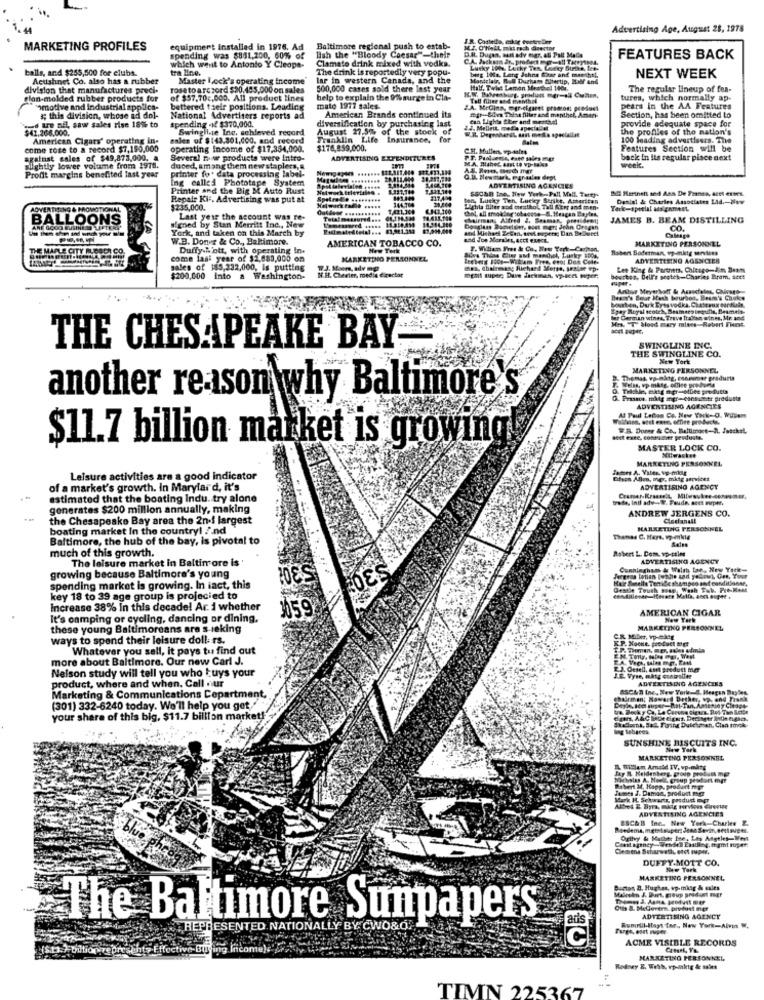
Advertising Age, August 28, 1978
MARKETING PROFILES
equipment installed in 1976. Ad
Baltimore regional push to estab-
M.I. O'HeLL, mkt rach director
spending was $831,200, 60% of
Clamato drink mixed with vodka.
lah the "Bloody Caesar"-their
D.R. Dugas, Mal ady Mgr. 46 Palt Made
FEATURES BACK
balls, and $255,500 for clubs.
which went to Antonio Y Cleopa-
tra line.
The drink is reportedly very popu-
Lucky 100%. Lucky Tex Uneky Strika, Ice-
berg los, Lang Johns fear and maenhel,
Acushnet Co. also has a rubber
Master Lock's operating income"
lar in western Canada, and the
Montclair, R.A Duchare Biltertip, Half And
NEXT WEEK
division that manufactures preci-
rose to a re zord $20,485,000 on sales
500,000 cases sold there last year
Half, Twist Lamon Mendel 1001.
The regular lineup of fea-
lan-molded rubber products for
of $57,70c,000. All product lines
help to explain the 9%% surge in Cia-
tures, which normally ap
"omotive and industrial applies-
bettered their positions. Leading
mato 1977 sales.
pears in the AA Features
.ed uro nit, saw sales rise 18% to
a; this division, whose ad dol-
National Advertisers reports ad
spending -if $370,000.
diversification by purchasing last
American Brands continued its
tan Lights Sher and menthol
mgr-&de This filter and menthol, Ame
Section, has been omitted to
$42.288.000.
Swingline Inc, schleved record
August 27.5% of the stock of
24- Mellett media ape
W.R. Deprobaret, asit media specialist
provide adequate space for
the profiles of the nation's
American Cigars' operating in-
sales of $143,301,000, and record
Franklin Life Insurance,
for
Balm
100 leading advertisers. The
come rose to a record $7,190,000
operating Income of $17,354,000.
$176,859,000.
C.H. Muller, vpantes
Features Section will be
against cales of $49,873,000, a
Several muur products were Intro-
ADVERTISING EXPENDITURES
PT. Psalsenin, esto sales mer
M.A. Bahet aast to vp-sales
back in its regular pisce next
Slightly lower volume from 1978.
duced, among them new staplers, a.
printer for data processing label-
week.
Profit margins benefited last year
Ing called Phototape System
1.468,160
G.Il. Newstark, manuales dept
Printer and the Big M Auto Rust
Itwork Itlerinies .
SECAR tan. New York-Pall Mall. Tarty-
ADVERTISING AGENCIES
Bf Hartnett sed Aos De Franta, ACH erses.
Repair Ki :. Advertising was put at
...... .........
111.4
ton, Lucky Ten. Lucky Strike, Amaritan
Denial de Charles Associates LAd .- How
ADVERTISING & PROM
$235,000.
thol, all smoking sobaogse-S. Ifragan Bayles,
Lichta Biliter and meathol, Tall Ater and mer
Terk-speelal assignment.
BALLOONS
Last year the account was re-
oured ...
Cuirmans Alfred J. Seaman, presideen;
JAMES B. BEAM DISTILLING
ARE GOOD BUSINESS
signed by Stan Merritt Inc ., New
York, and taken on this March by
Douglass Somselger, Bost mert John Grogan
an Michoel Zesen, toi supers; Dan BeDeoct
CO.
W.B. Donve & Co ., Baltimore.
AMERICAN TOBACCO CO.
and Joe Morales, acct ELect.
MARKETING PERSONNEL
Calespe
THE MAPLE CITY MLEGO
Duffy.N'ott, with operating In.
New York
T. William Fret & Co. New York-Carta
Robert Soderman, wp-mktg services
come last year of $2,880,000 on
MARKETING PERSONNEL
ADVERTISING AGENCIES
sales of 185,232,000, Is putting
N.H. Chewter, media director
ment super; Duve frekman.
man Richard Mette, Selge
Lee King & Partners, Chicago-Jim Beam
$200,000 into a Washington-
bouttes, Dell's scotch-Charles Bram, acet
besten, Duk Eyesvodka, Chateaux cordiale
Beant's Sour Mash bourbon, Beam's Choke
Epey Royal scotch, Besmaro bequille, Besmele-
for German wines, Trave Brahim minns, Mr. and.
Mrs. T Hood mary mines-Robert Finnst.
THE CHESAPEAKE BAY-
THE SWINGLINE CO.
SWINGLINE INC.
New York
MARKETING PERSONNEL
Welas, vp mktg. office products
Thomas, va-mktg, consumer products
another reason why Baltimore's
Prasaos, mktg mgr-consumer products
ADVERTISING AGENCIES
Waldinien, ecct exce, office products.
At Paul Lecon Co. New York- O. WUiem
W.B. Domer & Co ., Baltimore-R. Jasckel.
sett exee, costumer pesduste.
$11.7 billion market is growing
MASTER LOCK CO.
MARKETING PERSONNEL
Milwaukee
Jemet A. Viler ve-milf
Leisure activities are a good indicator
of a market's growth. In Marylard, it's
ADVERTISING AGENCY
estimated that the boating Indu. try alone
trade, Inil adv -. W. Foude. sett eupth.
generates $200 million annually, making
ANDREW JERGENS CO.
--
the Chesapeake Bay area the 2n.f largest
Cledanall
boating market In the country! And
MARKETING PERSONNEL
Baltimore, the hub of the bay, is pivotal to
Thenad C. Hays. vp-mktg
much of this growth.
Robert L. Dom. wp-stins
The leisure market in Baltimore is
ADVERTISING AGENCY
growing because Baltimore's young
Smells TerriSe shampoo anf conditioner,
spending market is growing. In iact, this
Desdle Touch soap, Wash Ful. Pre-Meet
key 18 to 39 age group is projecied to
Increase 38% In this decade! Ar. i whether
159
AMERICAN CIGAR
It's camping or cycling, dancing or dining,
New York
these young Baltimoreans are s-leking
MARKETING PERSONNEL
ways to spend their leisure doll: rs.
CR Miler, wp-ektt
K.P. Noone. product Met
Whatever you sell, it pays tu find out
more about Baltimore. Our new Carl J.
EM TOly. HoDe Per, West
Nelson study will tell you who buys your
E.J. Oesel, amit product mer
product, where and when. Call our
ADVERTISING AGENCIES
SSC48 Ine, New York . Heagen Bayle
Marketing & Communications Department,
chairman; Howard Dether, vp. and Fish
(301) 332-6240 today. We'll help you get"
your share of this big, $11.7 billion market!'
SUNSHINE BISCUITS INC.
New Tark
MARKETING PERSONNEL
Willem Arnold IV. wp-maty
Heldenberg, groep to
Hastas A. Noelt, group Sesdort mer
Robert if Happ. product mgr
James J. Damia, product ng
Mark IL Schwartz, posduct DET
Het E Byra, mktg porvices Girevite
ADVERTISING AGENCIES
ESCAB Ine. New York-Charles 2
Boedema, mertsuper, Jean Sevik,eetisughi.
-
Ogilvy & Mather Ine, Los Angeles-Wert
Clemens Scharweth, eret super.
DUFFY.MOTT CO.
New Tork
MARKETING PERSONNEL,
Curtos 8. Hughes, wp.mktg & sales
Otis &. Meglevern. product mer
ADTZETISING AGENCY
The Baltimore Sunpapers
REPRESENTED NATIONALLY BY CWO&O.
Rumrill-Hayt tar ., New York-Alem .
Č
ACME VISIBLE RECORDS
(SD).7 billion represent, Effective-Buying. Income);
MARKETING PERSONNEL,
Rodney E. Weth, vp-mktg & sales
TIMN 225367